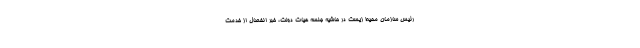
رئیس سازمان محیط زیست در حاشیه جلسه هیات دولت، خبر انفصال از خدمت